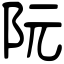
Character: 阮